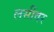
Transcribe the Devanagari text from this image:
लसींवर